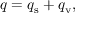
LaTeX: q = q _ { \mathrm { s } } + q _ { \mathrm { v } } ,